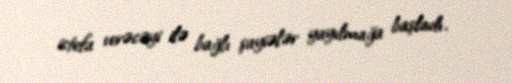
istefa verəcəyi ilə bağlı şayiələr yayılmağa başladı.